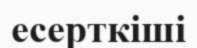
есерткіші